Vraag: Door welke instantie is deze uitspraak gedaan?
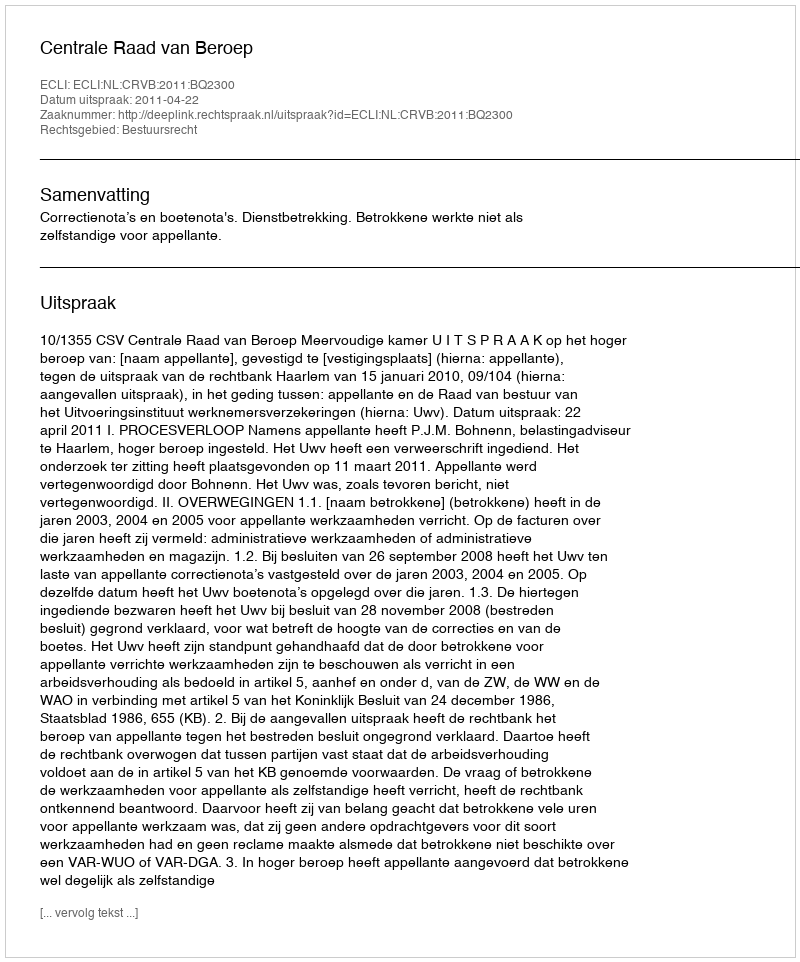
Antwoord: Centrale Raad van Beroep